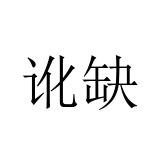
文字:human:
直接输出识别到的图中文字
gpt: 讹缺